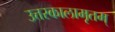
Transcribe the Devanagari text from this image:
उत्तरकालामृतम्